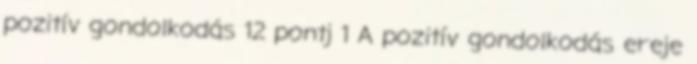
pozitív gondolkodás 12 pontj 1 A pozitív gondolkodás ereje